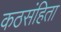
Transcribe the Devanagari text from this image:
कठसंहिता